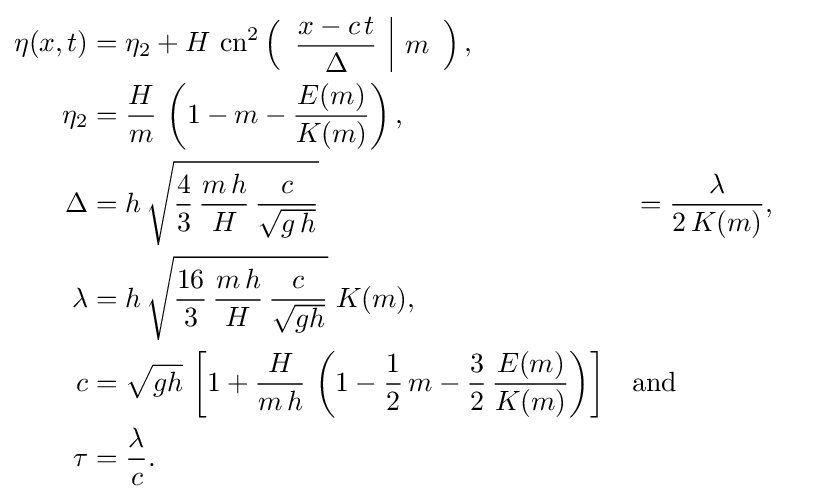
{\begin{aligned}\eta (x,t)&=\eta _{2}+H\,\operatorname {cn} ^{2}\left({\begin{array}{c|c}\displaystyle {\frac {x-c\,t}{\Delta }}&m\end{array}}\right),\\\eta _{2}&={\frac {H}{m}}\,\left(1-m-{\frac {E(m)}{K(m)}}\right),\\\Delta &=h\,{\sqrt {{\frac {4}{3}}\,{\frac {m\,h}{H}}\,{\frac {c}{\sqrt {g\,h}}}}}&&={\frac {\lambda }{2\,K(m)}},\\\lambda &=h\,{\sqrt {{\frac {16}{3}}\,{\frac {m\,h}{H}}\,{\frac {c}{\sqrt {gh}}}}}\;K(m),\\c&={\sqrt {gh}}\,\left[1+{\frac {H}{m\,h}}\,\left(1-{\frac {1}{2}}\,m-{\frac {3}{2}}\,{\frac {E(m)}{K(m)}}\right)\right]&&{\text{and}}\\\tau &={\frac {\lambda }{c}}.\end{aligned}}